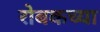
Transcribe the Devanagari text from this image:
रोबकच्या